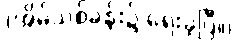
(အိမ်သစ်ခန်း၌ ရေးခဲ့ပြီ။)